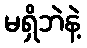
မရှိဘဲနဲ့